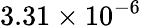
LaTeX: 3.31\times 10^{-6}